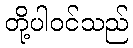
တို့ပါဝင်သည်